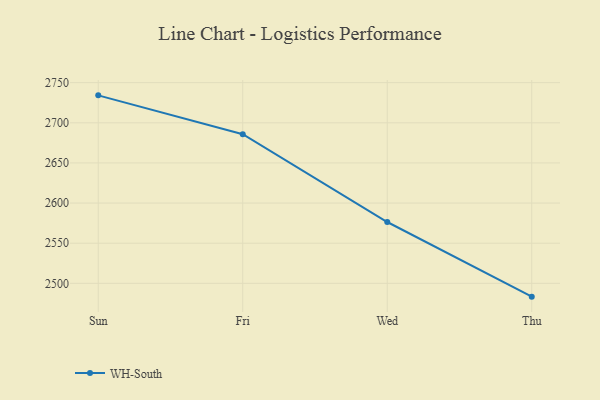
{"axis": {"x": "Day", "y": "Page Views"}, "legend": ["WH-South"], "data": [{"x": "Sun", "y": 2734.2, "type": "WH-South"}, {"x": "Fri", "y": 2685.8, "type": "WH-South"}, {"x": "Wed", "y": 2576.4, "type": "WH-South"}, {"x": "Thu", "y": 2483.4, "type": "WH-South"}]}